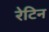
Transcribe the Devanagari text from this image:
रेटिन